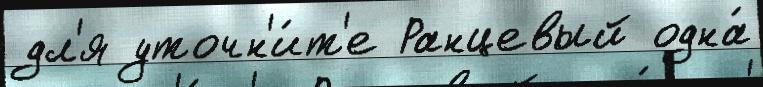
дл'я уточн'и́т'е Ранцевый одна́